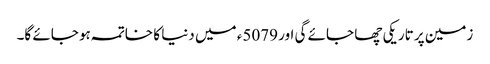
زمین پر تاریکی چھا جائے گی اور 5079ء میں دنیا کا خاتمہ ہو جائے گا۔